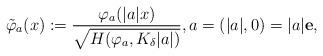
LaTeX: \begin{align*} \tilde \varphi_a (x) := \dfrac{\varphi_a(|a|x)}{\sqrt{H(\varphi_a,K_\delta |a|)}}, a=(|a|,0)=|a|\mathbf e,\end{align*}